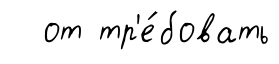
от тр'е́бовать